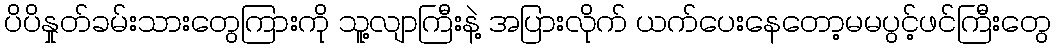
ပိပိနှုတ်ခမ်းသားတွေကြားကို သူ့လျာကြီးနဲ့ အပြားလိုက် ယက်ပေးနေတော့မမပွင့်ဖင်ကြီးတွေ